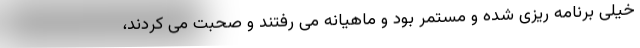
خیلی برنامه ریزی شده و مستمر بود و ماهیانه می رفتند و صحبت می کردند،